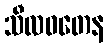
သီလဝတေန